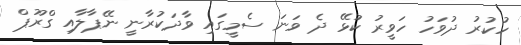
ހުކުރު ދުވަހު ހަވީރު ކުޅޭ ދެ ވަނަ ސެމީގައި ވާދަކުރާނީ ނޭޕާލާއި ގްރޫޕް